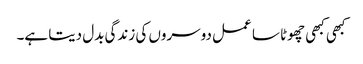
کبھی کبھی چھوٹا سا عمل دوسروں کی زندگی بدل دیتا ہے۔